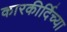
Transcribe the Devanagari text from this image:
कारकीर्दिच्या